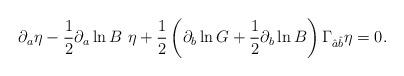
LaTeX: \begin{align*}\partial_a \eta-{1\over 2} \partial_a \ln B\ \eta+{1\over 2}\left(\partial_b\ln G+{1\over 2}\partial_b\ln B\right)\Gamma_{\hat{a}\hat{b}}\eta=0.\end{align*}